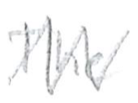
Text: The
Cross-out: zig-zag
Writing tool: pencil